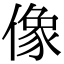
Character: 像